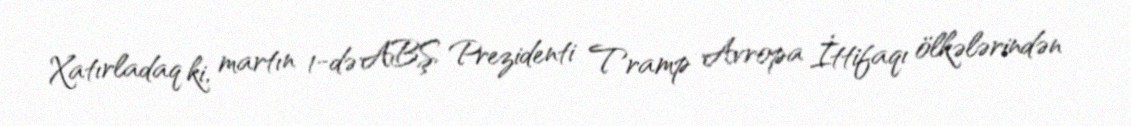
Xatırladaq ki, martın 1-də ABŞ Prezidenti Tramp Avropa İttifaqı ölkələrindən